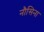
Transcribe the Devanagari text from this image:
नौसिना